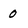
Character: 0